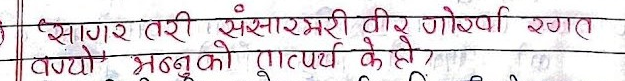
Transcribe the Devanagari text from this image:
'सागर तरी संसारभरी वीर गोर्खा रगत
-वग्यो' भन्नुको तात्पर्य के हो?